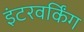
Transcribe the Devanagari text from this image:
इंटरवर्किंग